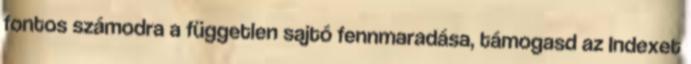
fontos számodra a független sajtó fennmaradása, támogasd az Indexet